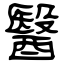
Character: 醫